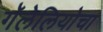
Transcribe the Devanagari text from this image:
गॅलेलियोचा